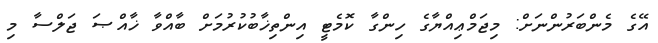
އޭގެ މެންބަރުންނަށް: މިޖަމްޢިއްޔާގެ ހިންގާ ކޮމެޓީ އިންތިޚާބުކުރުމަށް ބާއްވާ ޚާއްޞަ ޖަލްސާ މި